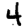
Digit: 4